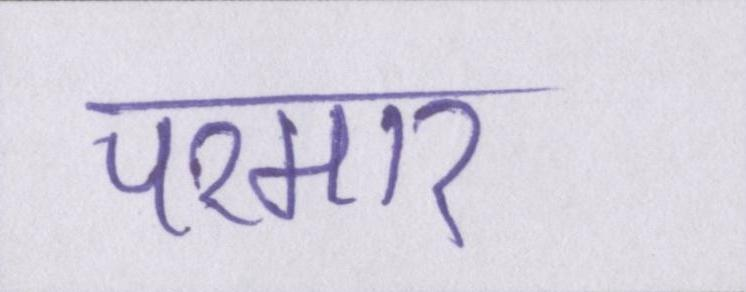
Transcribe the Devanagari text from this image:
परमार